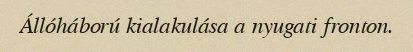
Állóháború kialakulása a nyugati fronton.